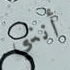
أنني